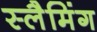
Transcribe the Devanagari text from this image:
स्लैमिंग